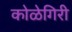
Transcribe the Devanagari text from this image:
कोळेगिरी